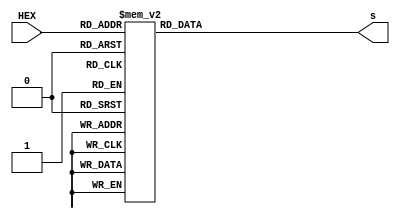
module hex_to_7seg (
            input  wire [3:0] HEX,
            output reg  [7:0] s
        );

    always @ (HEX) begin
        case (HEX) 
               4'h0: s = 8'b11000000;
               4'h1: s = 8'b11111001;
               4'h2: s = 8'b10100100;
               4'h3: s = 8'b10110000;
               4'h4: s = 8'b10011001;
               4'h5: s = 8'b10010010;
               4'h6: s = 8'b10000010;
               4'h7: s = 8'b11111000;
               4'h8: s = 8'b10000000;
               4'h9: s = 8'b10010000;
               4'hA: s = 8'b10100000; // b10001000; This is capital A
               4'hB: s = 8'b10000011; // b10000000; This is capital B, but is the same as 8
               4'hC: s = 8'b10100111; // b11000110; This is capital C
               4'hD: s = 8'b10100001; // b11000000; This is capital D, but is the same as 0
               4'hE: s = 8'b10000110;
               4'hF: s = 8'b10001110;
            default: s = 8'b01111111;
       endcase
    end

endmodule